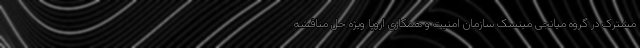
مشترک در گروه میانجی مینسک سازمان امنیت و همکاری اروپا ویژه حل مناقشه